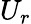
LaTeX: U_{r}